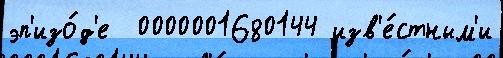
эп'изо́д'е  0000001680144 изв'е́стным'и